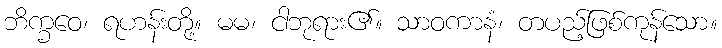
ဘိက္ခဝေ၊ ရဟန်းတို့။ မမ၊ ငါဘုရား၏။ သာဝကာနံ၊ တပည့်ဖြစ်ကုန်သော။